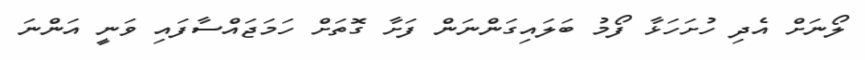
ލޯނަށް އެދި ހުށަހަޅާ ފޯމު ބަލައިގަންނަން ފަށާ ގޮތަށް ހަމަޖައްސާފައި ވަނީ އަންނަ